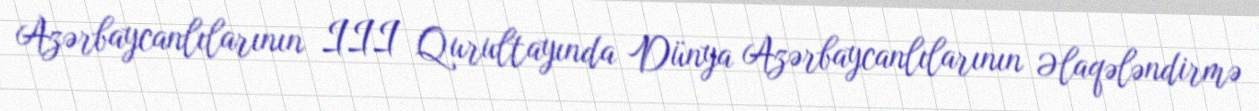
Azərbaycanlılarının III Qurultayında Dünya Azərbaycanlılarının Əlaqələndirmə